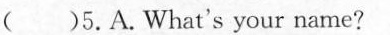
( )5.A.What's your name?